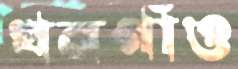
খনগাঁও